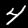
Label: 4